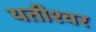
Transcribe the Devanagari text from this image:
यतीश्वर